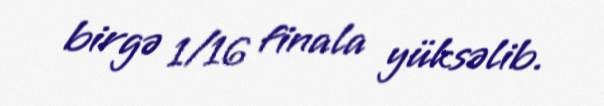
birgə 1/16 finala yüksəlib.